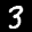
Label: 3